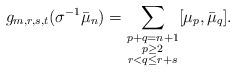
LaTeX: \begin{align*}g_{m,r,s,t}(\sigma^{-1}\bar\mu_{n})&=\sum_{\substack{p+q=n+1\\p\geq 2\\r<q\leq r+{{s}}}} [\mu_{p},\bar\mu_{q}].\end{align*}